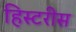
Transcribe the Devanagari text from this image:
हिस्टरीस